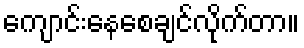
ကျောင်းနေစေချင်လိုက်တာ။